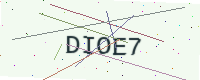
Text: DIOE7